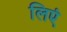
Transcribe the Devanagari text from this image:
लिएं